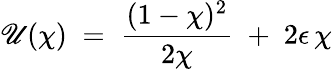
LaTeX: \mathscr{U}(\chi)\; =\; \frac{{(1-\chi)^{2}}}{{2\chi}}\; +\; 2\epsilon\, \chi